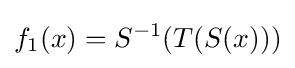
f_{1}(x)=S^{-1}(T(S(x)))